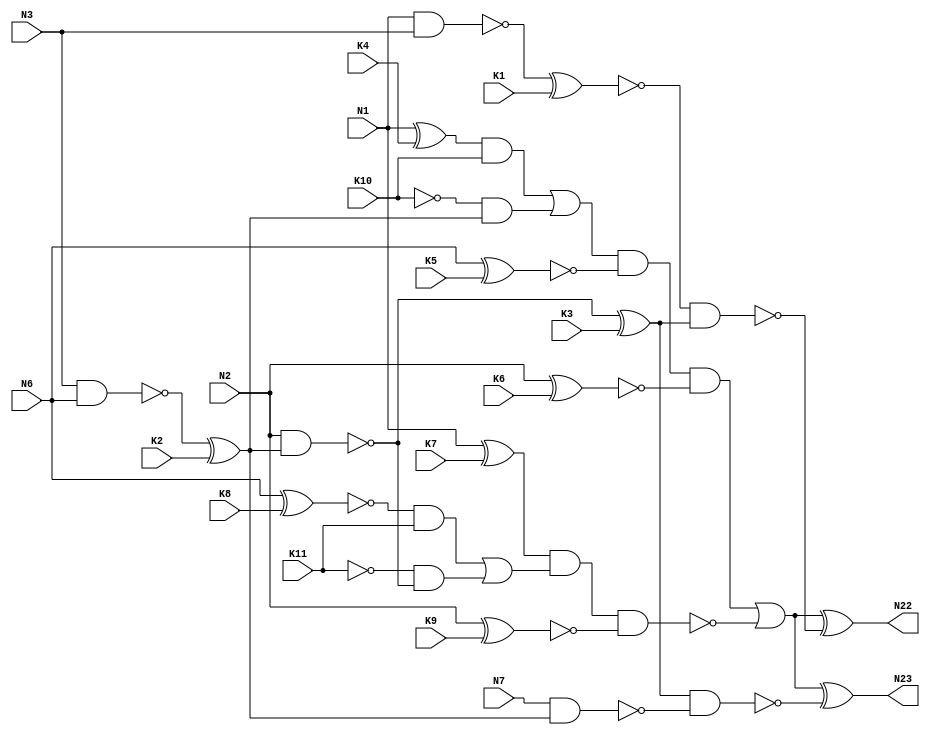
`timescale 1ns / 1ps
//////////////////////////////////////////////////////////////////////////////////
// Company: 
// Engineer: 
// 
// Design Name: 
// Module Name: c17_antisat
// Project Name: 
// Target Devices: 
// Tool Versions: 
// Description: 
// 
// Dependencies: 
// 
// Revision:
// Revision 0.01 - File Created
// Additional Comments:
// 
//////////////////////////////////////////////////////////////////////////////////




module c17_antisat_so (N1,N2,N3,N6,N7,K1,K2,K3,K4,K5,K6,K7,K8,K9,K10,K11,N22,N23);

input N1,N2,N3,N6,N7,K1,K2,K3,K4,K5,K6,K7,K8,K9,K10,K11;

output N22,N23;

wire N10,N11,N16,N19;

nand NAND2_1 (N10, N1, N3);
xor x_1 (N28,N10,K1);
nand NAND2_2 (N11, N3, N6);
xor x_2 (N29,N11,K2);
nand NAND2_4 (N16, N2, N29);
xor x_3 (N30,N16,K3);
nand NAND2_3 (N19, N7, N29);
not n_1 (N31,N28);
nand NAND2_6 (N41, N31, N30);
nand NAND2_7 (N42, N30, N19);

xor x_4 (N32,N1,K4);
xnor x_5 (N33,N6,K5);
xnor x_6 (N34,N2,K6);
xor x_7 (N35,N1,K7);
xnor x_8 (N36,N6,K8);
xnor x_9 (N37,N2,K9);

and AND2_2 (N43, N32, K10);
not n_2 (N45, K10);
and AND2_3 (N44, N45, N29);
or OR2_1 (N46, N43, N44);
and AND3_1 (N38, N46, N33, N34);
and AND2_4 (N47, N36, K11);
and AND2_5 (N49, N48, N16);
not n_3 (N48, K11);
or OR2_2 (N50, N47, N49);
nand NAND3_1 (N39, N35, N50, N37);
or OR2_3 (N40, N38, N39);

xor x_10 (N22,N40,N41);
xor x_11 (N23,N40,N42);

endmodule